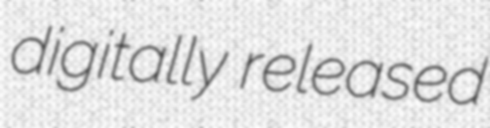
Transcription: digitally released